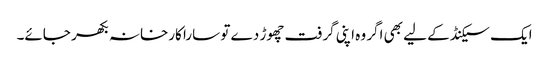
ایک سیکنڈ کے لیے بھی اگر وہ اپنی گرفت چھوڑ دے تو سارا کارخانہ بکھر جائے۔